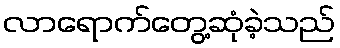
လာရောက်တွေ့ဆုံခဲ့သည်